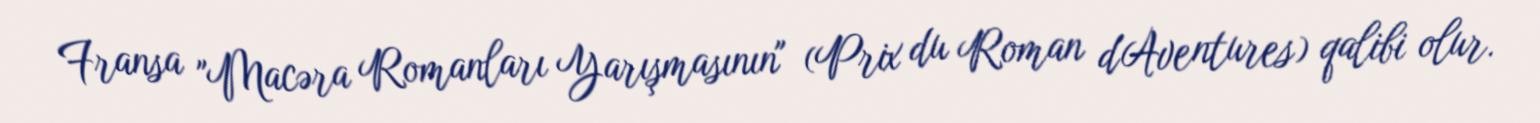
Fransa "Macəra Romanları Yarışmasının" (Prix du Roman d'Aventures) qalibi olur.